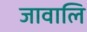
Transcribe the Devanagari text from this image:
जावालि